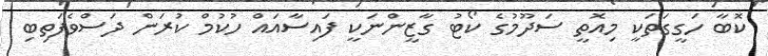
ކޮބާ ހަގީގަތަކީ މިއޮތީ ސަދޫމުގެ ކޯޓު ގާޒީންނަކީ ފައިސާއައް ހުކުމް ކުރަން ދަސްވެފަތިބި